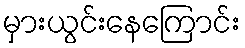
မှားယွင်းနေကြောင်း